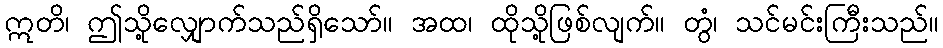
ဣတိ၊ ဤသို့လျှောက်သည်ရှိသော်။ အထ၊ ထိုသို့ဖြစ်လျက်။ တွံ၊ သင်မင်းကြီးသည်။